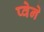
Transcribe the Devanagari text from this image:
प्वेने